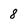
Character: 8